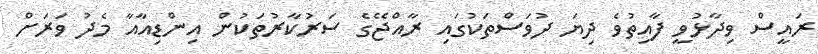
ރައީސް ވިދާޅުވީ ފާއިތުވެ ދިޔަ ދުވަސްތަކުގައި ރާއްޖޭގެ ސަރުކާރުތަކުން އިންޑިއާއާ މެދު ވަރަށް